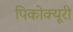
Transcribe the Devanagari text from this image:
पिकोक्यूरी